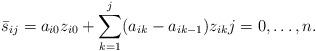
LaTeX: \begin{align*}\bar{s}_{ij} = a_{i0}z_{i0} + \sum_{k = 1}^j (a_{ ik} - a_{i k-1})z_{ik} j = 0, \ldots, n. \end{align*}